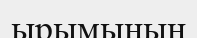
ырымының